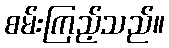
စမ်းကြည့်သည်။